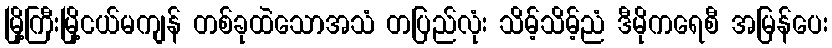
မြို့ကြီးမြို့ငယ်မကျန် တစ်ခုထဲသောအသံ တပြည်လုံး သိမ့်သိမ့်ညံ ဒီမိုကရေစီ အမြန်ပေး